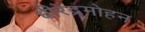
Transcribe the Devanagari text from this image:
धीरेंद्रमोहन